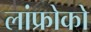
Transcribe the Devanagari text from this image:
लांफ्रोको